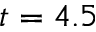
t = 4 . 5